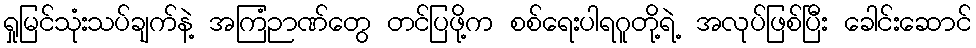
ရှုမြင်သုံးသပ်ချက်နဲ့ အကြံဉာဏ်တွေ တင်ပြဖို့က စစ်ရေးပါရဂူတို့ရဲ့ အလုပ်ဖြစ်ပြီး ခေါင်းဆောင်